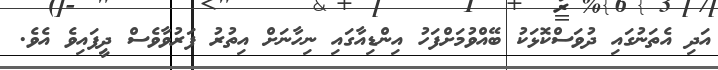
އަދި އެތަނުގައި ދުވަސްކޮޅަކު ބޭއްވުމަށްފަހު އިންޑިއާގައި ނިހާނަށް އިތުރު ފަރުވާވެސް ދީފައިވެ އެވެ.